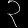
Digit: ၃